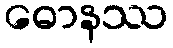
ဓောနဿ